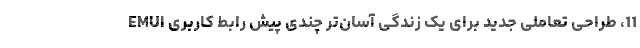
11، طراحی تعاملی جدید برای یک زندگی آسان‌تر چندی پیش رابط کاربری EMUI